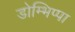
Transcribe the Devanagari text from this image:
डोम्भिप्पा